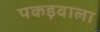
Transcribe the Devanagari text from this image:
पकड़वाला